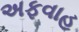
અફવાહ